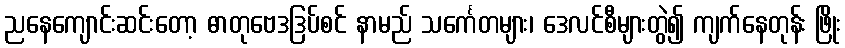
ညနေကျောင်းဆင်းတော့ ဓာတုဗေဒဒြပ်စင် နာမည် သင်္ကေတများ၊ ဒေလင်စီများတွဲ၍ ကျက်နေတုန်း ဖြိုး